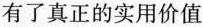
有了真正的实用价值